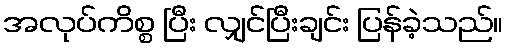
အလုပ်ကိစ္စ ပြီး လျှင်ပြီးချင်း ပြန်ခဲ့သည်။